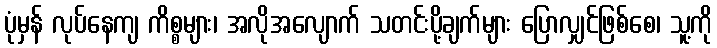
ပုံမှန် လုပ်နေကျ ကိစ္စများ၊ အလိုအလျောက် သတင်းပို့ချက်များ ပြောလျှင်ဖြစ်စေ၊ သူ့ကို